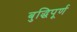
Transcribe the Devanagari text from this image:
बुद्धिपूर्ण